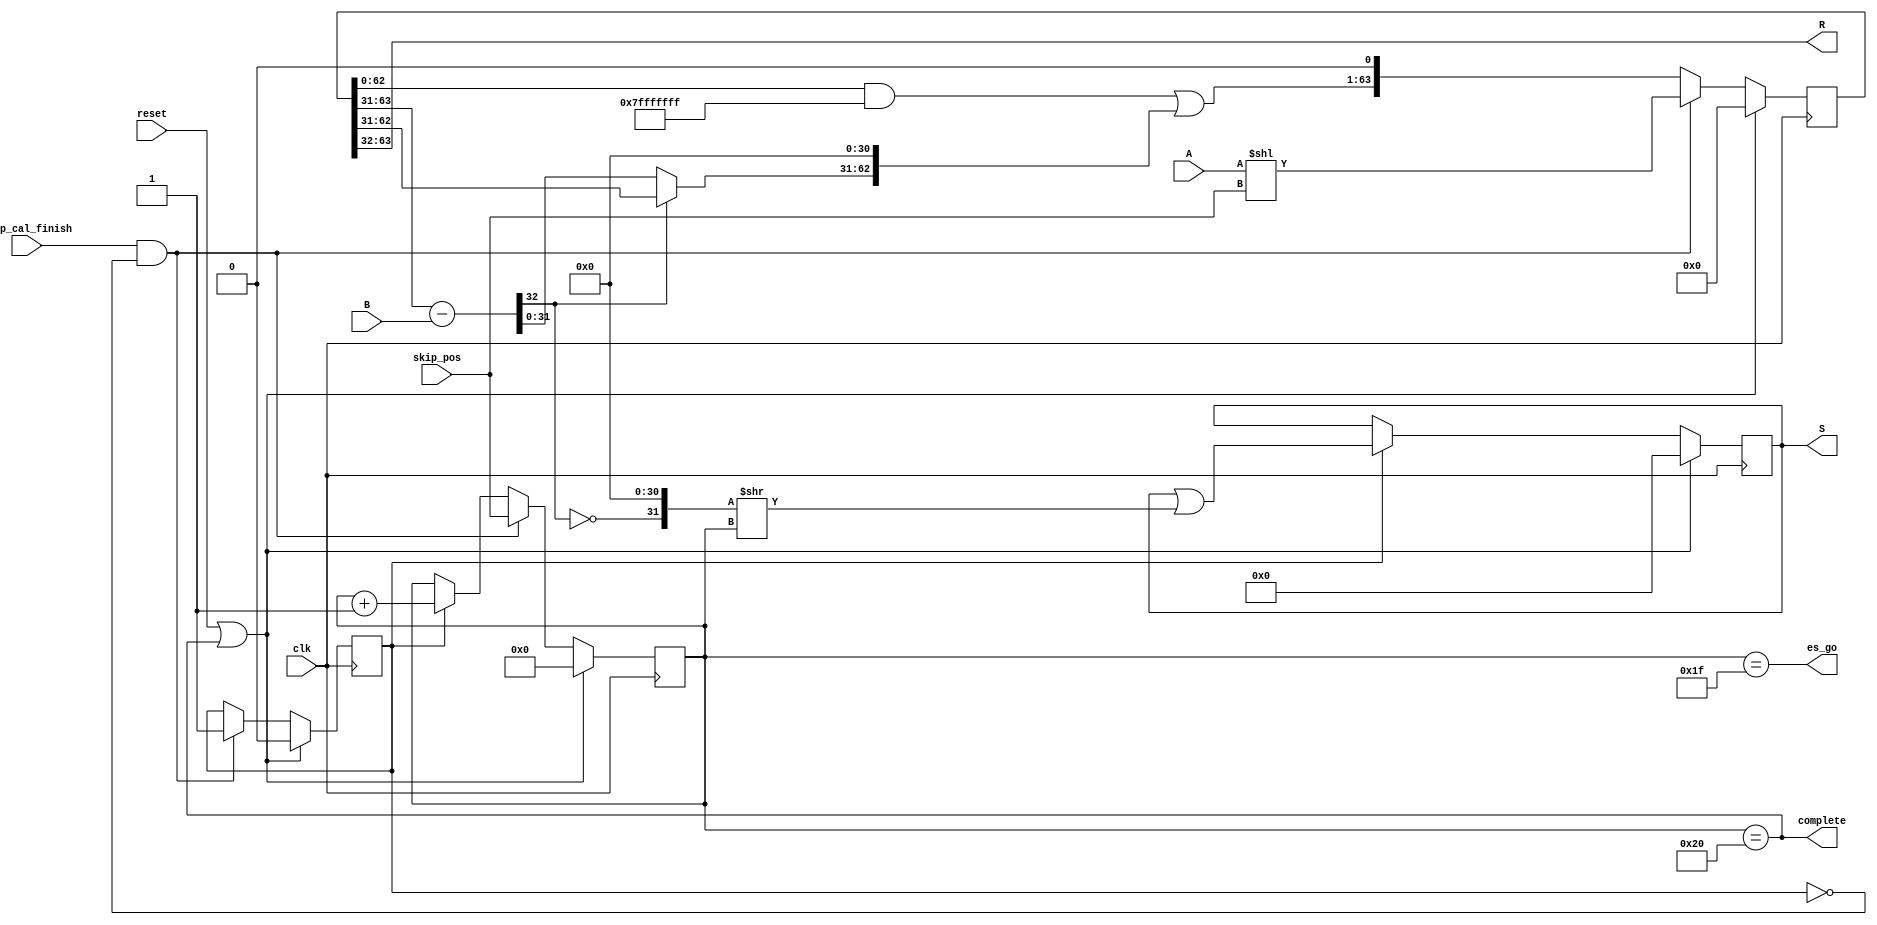
`timescale 1ns / 1ps

module minus (
    input               clk,
    input               reset,
    input   [63: 0]     A,
    input   [32: 0]     B,
    input   [ 5: 0]     skip_pos,
    input               skip_cal_finish,
    output  reg [31: 0]     S,
    output  [31: 0]     R,
    output              es_go,
    output              complete
);

    wire [32: 0]    minuend;
    wire [32: 0]    minus_res;
    wire            s;
    reg  [63: 0]    A_r;
    wire [63: 0]    new_A;

    wire [63: 0]    clear_window = 64'hffff_ffff_8000_0000;

    reg  [ 5: 0]    time_i;
    reg             skipped;

    always @(posedge clk) begin
        if(reset || complete) begin
            time_i <= 6'b0;
            skipped <= 1'b0;
        end else if(skip_cal_finish && ~skipped) begin
            time_i <= skip_pos;
            skipped <= 1'b1;
        end else if(skipped) begin
            time_i <= time_i + 1;
        end

        if(reset || complete) begin
            A_r <= 64'b0;
        end else if(skip_cal_finish && ~skipped) begin
            A_r <= (A << skip_pos);
        end else begin
            A_r <= ((A_r & ~clear_window) | new_A) << 1;
        end
        
        if(reset || complete) begin
            S <= 32'b0;
        end else if(skipped) begin
            S <= S | ({s,31'b0} >> time_i);
        end
    end

    assign minuend = A_r[63:31];
    assign minus_res = minuend - B;
    assign s = ~minus_res[32];
    assign new_A[63:31] = s ? minus_res : minuend;
    assign new_A[30: 0] = 31'b0;
    assign R = A_r[63:32];
    
    assign es_go = (time_i == 6'd31);
    assign complete = (time_i == 6'd32);
endmodule